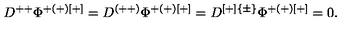
D ^ { + + } \Phi ^ { + ( + ) [ + ] } = D ^ { ( + + ) } \Phi ^ { + ( + ) [ + ] } = D ^ { [ + ] \{ \pm \} } \Phi ^ { + ( + ) [ + ] } = 0 .